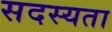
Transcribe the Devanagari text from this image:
सदस्यता